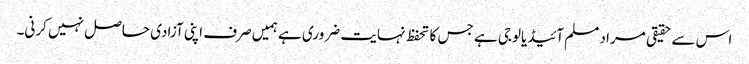
اس سے حقیقی مراد مسلم آئیڈیالوجی ہے جس کا تحفظ نہایت ضروری ہے ہمیں صرف اپنی آزادی حاصل نہیں کرنی۔